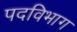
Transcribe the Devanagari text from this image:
पदविभाग